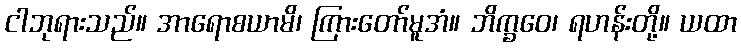
ငါဘုရားသည်။ အာရောစယာမိ၊ ကြားတော်မူအံ။ ဘိက္ခဝေ၊ ရဟန်းတို့။ ယထာ